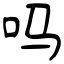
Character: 吗